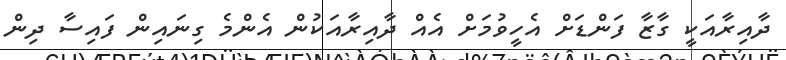
ދާއިރާއަކީ ގާޒާ ފަންޑަށް އެހީވުމަށް އެއް ދާއިރާއަކުން އެންމެ ގިނައިން ފައިސާ ދިން